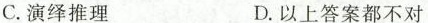
C.演绎推理 D.以上答案都不对